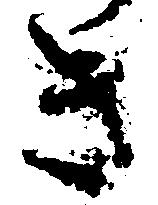
き